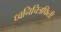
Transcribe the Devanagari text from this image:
ध्वनिचित्रफिती